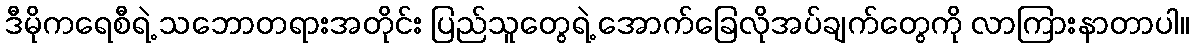
ဒီမိုကရေစီရဲ့ သဘောတရားအတိုင်း ပြည်သူတွေရဲ့ အောက်ခြေလိုအပ်ချက်တွေကို လာကြားနာတာပါ။